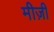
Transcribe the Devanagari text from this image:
मीज़ी